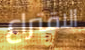
الاقتراع